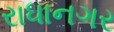
રાધાનગર